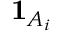
{ \mathbf { 1 } } _ { A _ { i } }